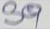
39